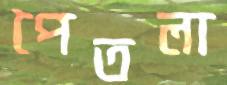
পৈতলা